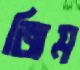
জিম